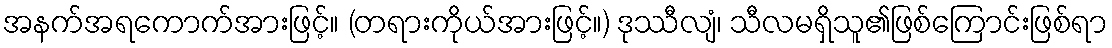
အနက်အရကောက်အားဖြင့်။ (တရားကိုယ်အားဖြင့်။) ဒုဿီလျံ၊ သီလမရှိသူ၏ဖြစ်ကြောင်းဖြစ်ရာ